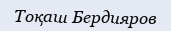
Тоқаш Бердияров